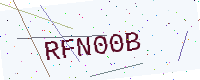
Text: RFN00B